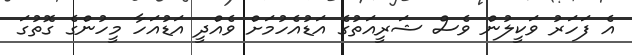
އެ ފަހަރު ވަކީލުން ވެސް ޝަރީއަތުގެ އަޑުއެހުމަށް ވެއްދީ އަޑުއަހާ މީހުންގެ ގޮތުގަ